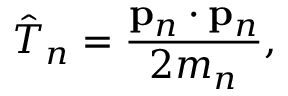
{ \hat { T } } _ { n } = { \frac { \mathbf { p } _ { n } \cdot \mathbf { p } _ { n } } { 2 m _ { n } } } ,